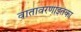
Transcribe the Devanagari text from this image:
वातावरणाइतका